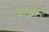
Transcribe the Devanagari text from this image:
बखोर